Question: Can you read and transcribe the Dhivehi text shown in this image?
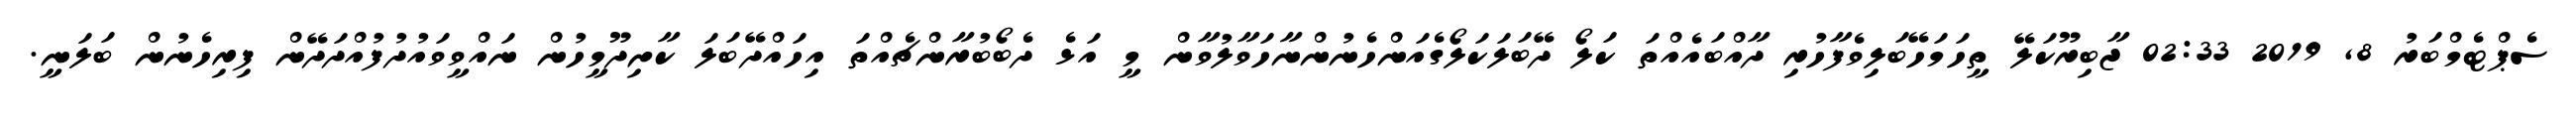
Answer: ސެޕްޓެމްބަރު 8, 2019 02:33 ޖާބިރޫކަލޭ ތީހަމަހޭބަލިވެފާހުރި ދާއްބައެއްތަ ކަލޯ ދޭބަލަކަލޯގެއަންހެނުންނާހަވާލުވާން މީ އަޅެ ދެބޯބުރާންޗެއްތަ އިހައްދޭބަލަ ކާށިދޫމީހުން ނައްވީވައުދުފުއްދަދޭން ފިރިހެނުން ބަލަނީ.